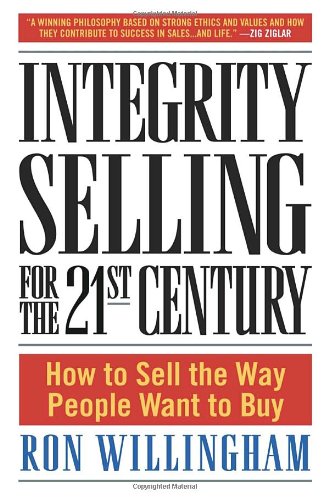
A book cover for Integrity Selling for the 21st Century: How to Sell the Way People Want to Buy; Ron Willingham; Business & Money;